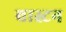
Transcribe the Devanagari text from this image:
वास्टन